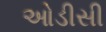
ઓડીસી